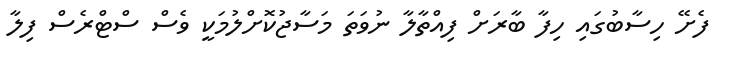
ފެށޭ ހިސާބުގައި ހިފާ ބާރަށް ފިއްތާލާ ނުވަތަ މަސާޖުކޮށްލުމަކީ ވެސް ސްޓްރެސް ފިލާ